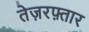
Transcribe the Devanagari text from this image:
तेज़रफ़्तार